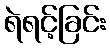
ရဲရင့်ခြင်း